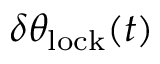
\delta \theta _ { \mathrm { l o c k } } ( t )